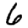
Digit: 6